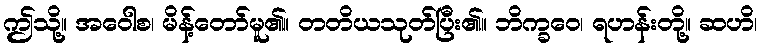
ဤသို့။ အဝေါစ၊ မိန့်တော်မူ၏။ တတိယသုတ်ပြီး၏။ ဘိက္ခဝေ၊ ရဟန်းတို့။ ဆဟိ၊